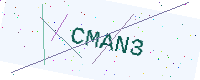
Text: CMAN3